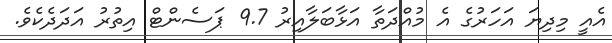
އެއީ މިދިޔަ އަހަރުގެ އެ މުއްދަތާ އަޅާބަލާއިރު 9.7 ޕަސެންޓް އިތުރު އަދަދެކެވެ.